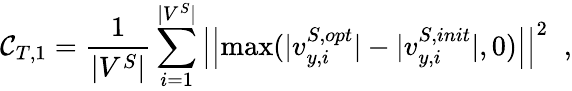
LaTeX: {\mathcal{C}_{T,1}}=\frac{{1}}{{{|{V^{S}}|}}}\sum_{i=1}^{|{V^{S}}|}\left|\left|{\operatorname*{max}(|{v}_{y,i}^{S,opt}|-|{v}_{y,i}^{S,init}|,0)}\right|\right|^{2}\; \; ,